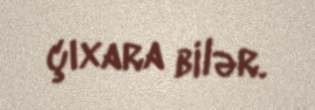
çıxara bilər.